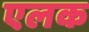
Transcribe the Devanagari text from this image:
एलक